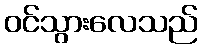
ဝင်သွားလေသည်